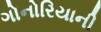
ગોનોરિયાની